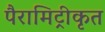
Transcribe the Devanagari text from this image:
पैरामिट्रीकृत